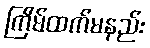
ကြိမ်ထက်မနည်း